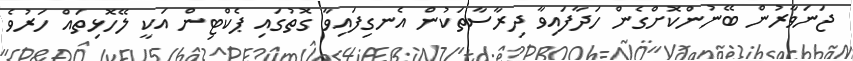
ޖަނަވާރުން ބޭނުންކޮށްގެން ހަދާފައިވާ ދިރާސާތަކުން އެނގިފައިވާ ގޮތުގައި ޕެކްޓިން އަކީ ލޭހޮޅިތައް ހަރުވެ